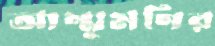
আম্মুমণির